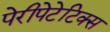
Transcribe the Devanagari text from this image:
पेरीपेटेटिक्स